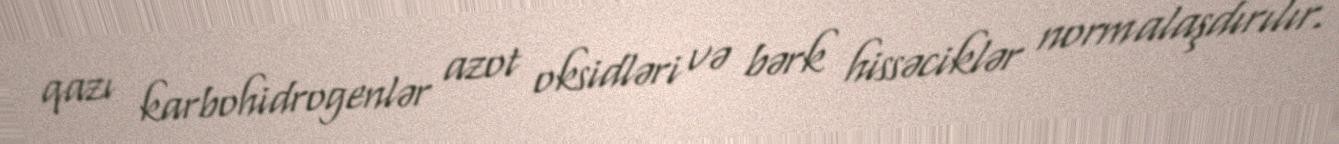
qazı karbohidrogenlər azot oksidləri və bərk hissəciklər normalaşdırılır.